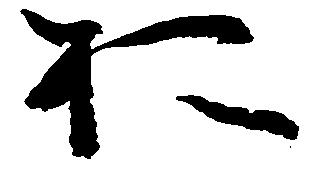
於